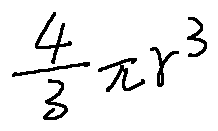
\frac { 4 } { 3 } \pi r ^ { 3 }